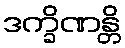
ဒက္ခိဏန္တိ